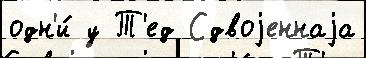
одн'и́ у Т'ед Сдвоjеннаjа